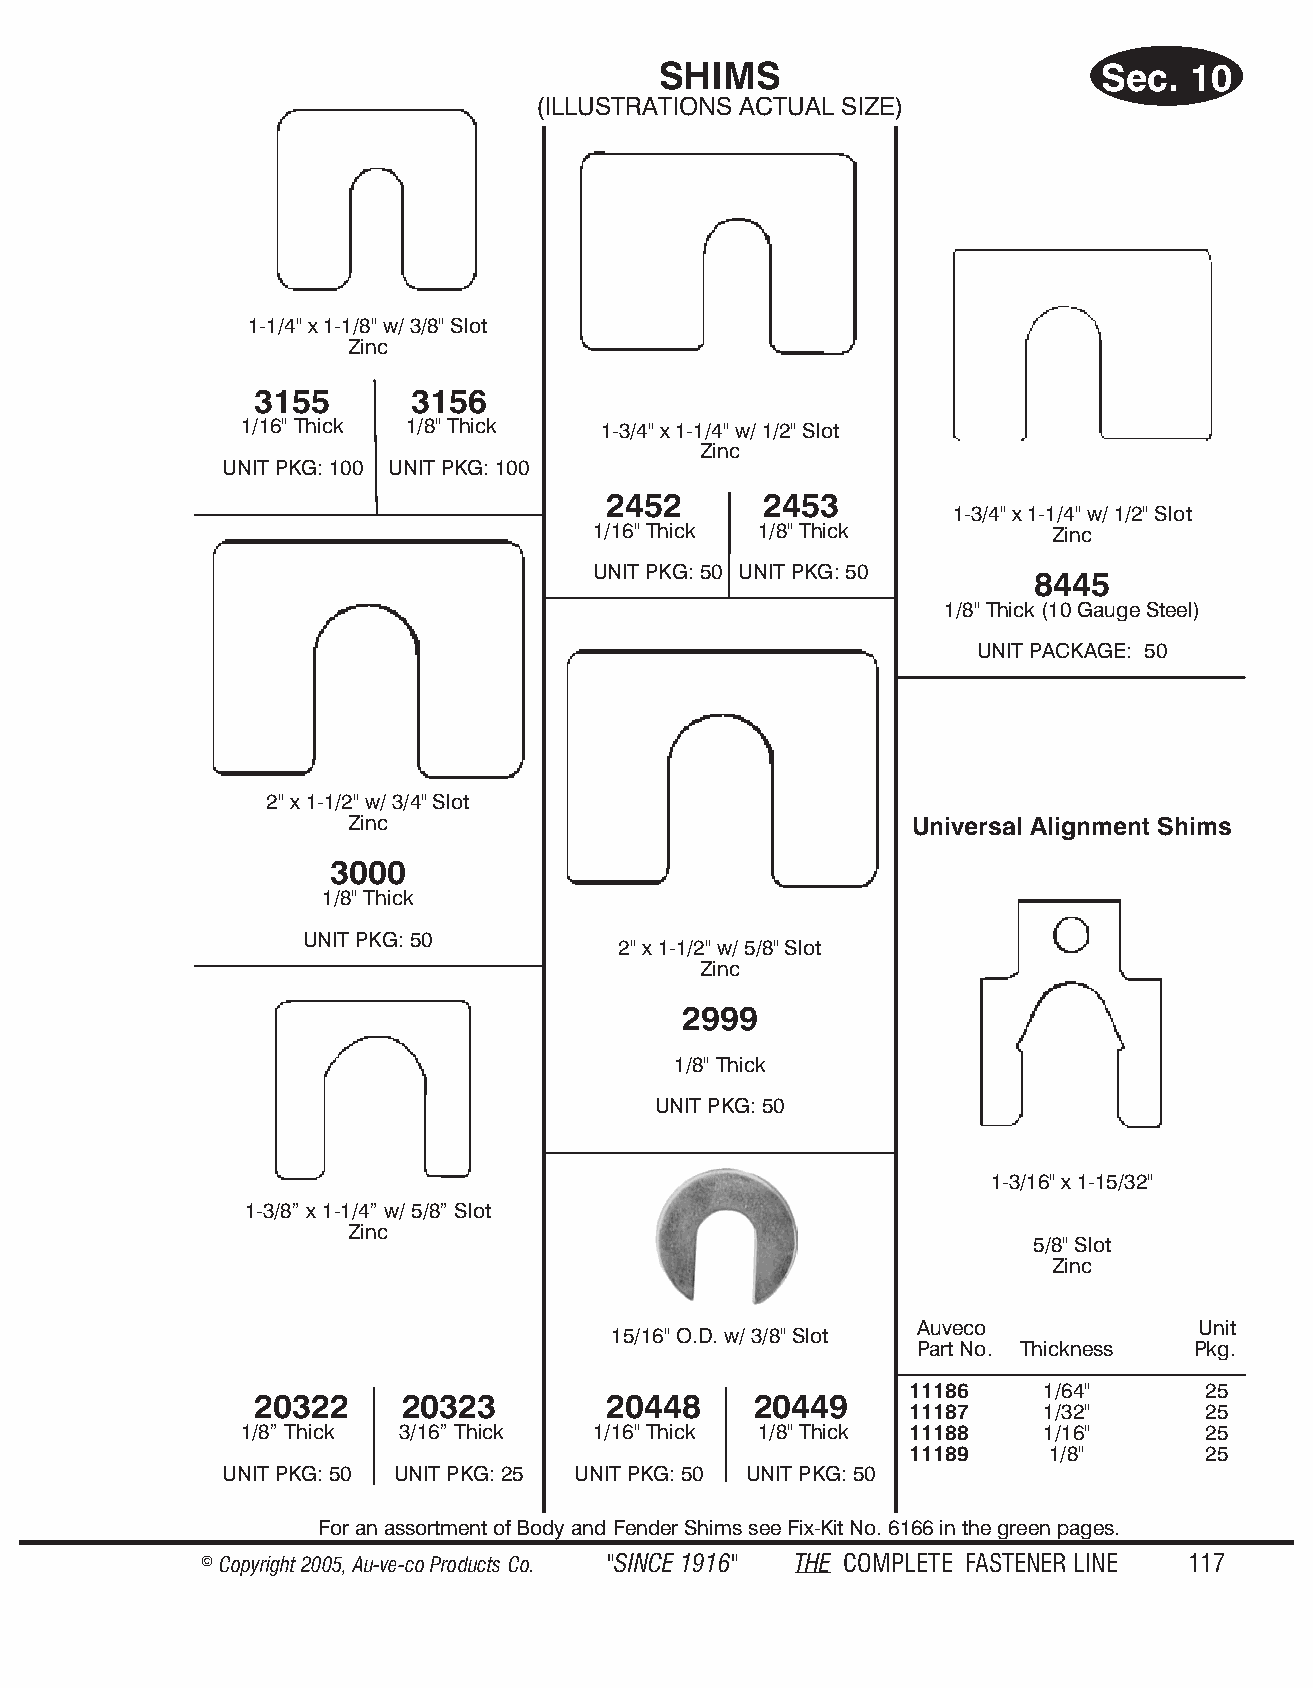
SSHecIM.1S                   Sec.  10
 (ILLUSTRATIONS ACTUAL SIZE)
 1-1/4" x 1-1/8" w/ 3/8" Slot
 Zinc
 3155      3156
 1/16" Thick 1/8" Thick  1-3/4" x 1-1/4" w/ 1/2" Slot
 Zinc
 UNIT PKG: 100 UNIT PKG: 100
 2452       2453
 1-3/4" x 1-1/4" w/ 1/2" Slot
 1/16" Thick 1/8" Thick         Zinc
 UNIT PKG: 50 UNIT PKG: 50
 8445
 1/8" Thick (10 Gauge Steel)
 UNIT PACKAGE: 50
 2" x 1-1/2" w/ 3/4" Slot
 Zinc                                  Universal Alignment Shims
 3000
 1/8" Thick
 UNIT PKG: 50
 2" x 1-1/2" w/ 5/8" Slot
 Zinc
 2999
 1/8" Thick
 UNIT PKG: 50
 1-3/16" x 1-15/32"
 1-3/8” x 1-1/4” w/ 5/8” Slot
 Zinc
 5/8" Slot
 Zinc
 Auveco             Unit
 15/16" O.D. w/ 3/8" Slot
 Part No. Thickness Pkg.
 11186    1/64"      25
 20322     20323        20448     20449
 11187    1/32"      25
 1/8” Thick 3/16” Thick 1/16" Thick 1/8" Thick 11188  1/16"      25
 11189     1/8"      25
 UNIT PKG: 50 UNIT PKG: 25 UNIT PKG: 50 UNIT PKG: 50
 For an assortment of Body and Fender Shims see Fix-Kit No. 6166 in the green pages.
 © Copyr ight 2005, Au-ve-co Produ cts Co. "SINCE 1916" THE COM PLETE FAST ENER LINE 117